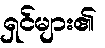
ရှင်များ၏